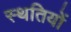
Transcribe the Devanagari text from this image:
स्थतियों